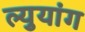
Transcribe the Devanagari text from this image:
ल्युयांग